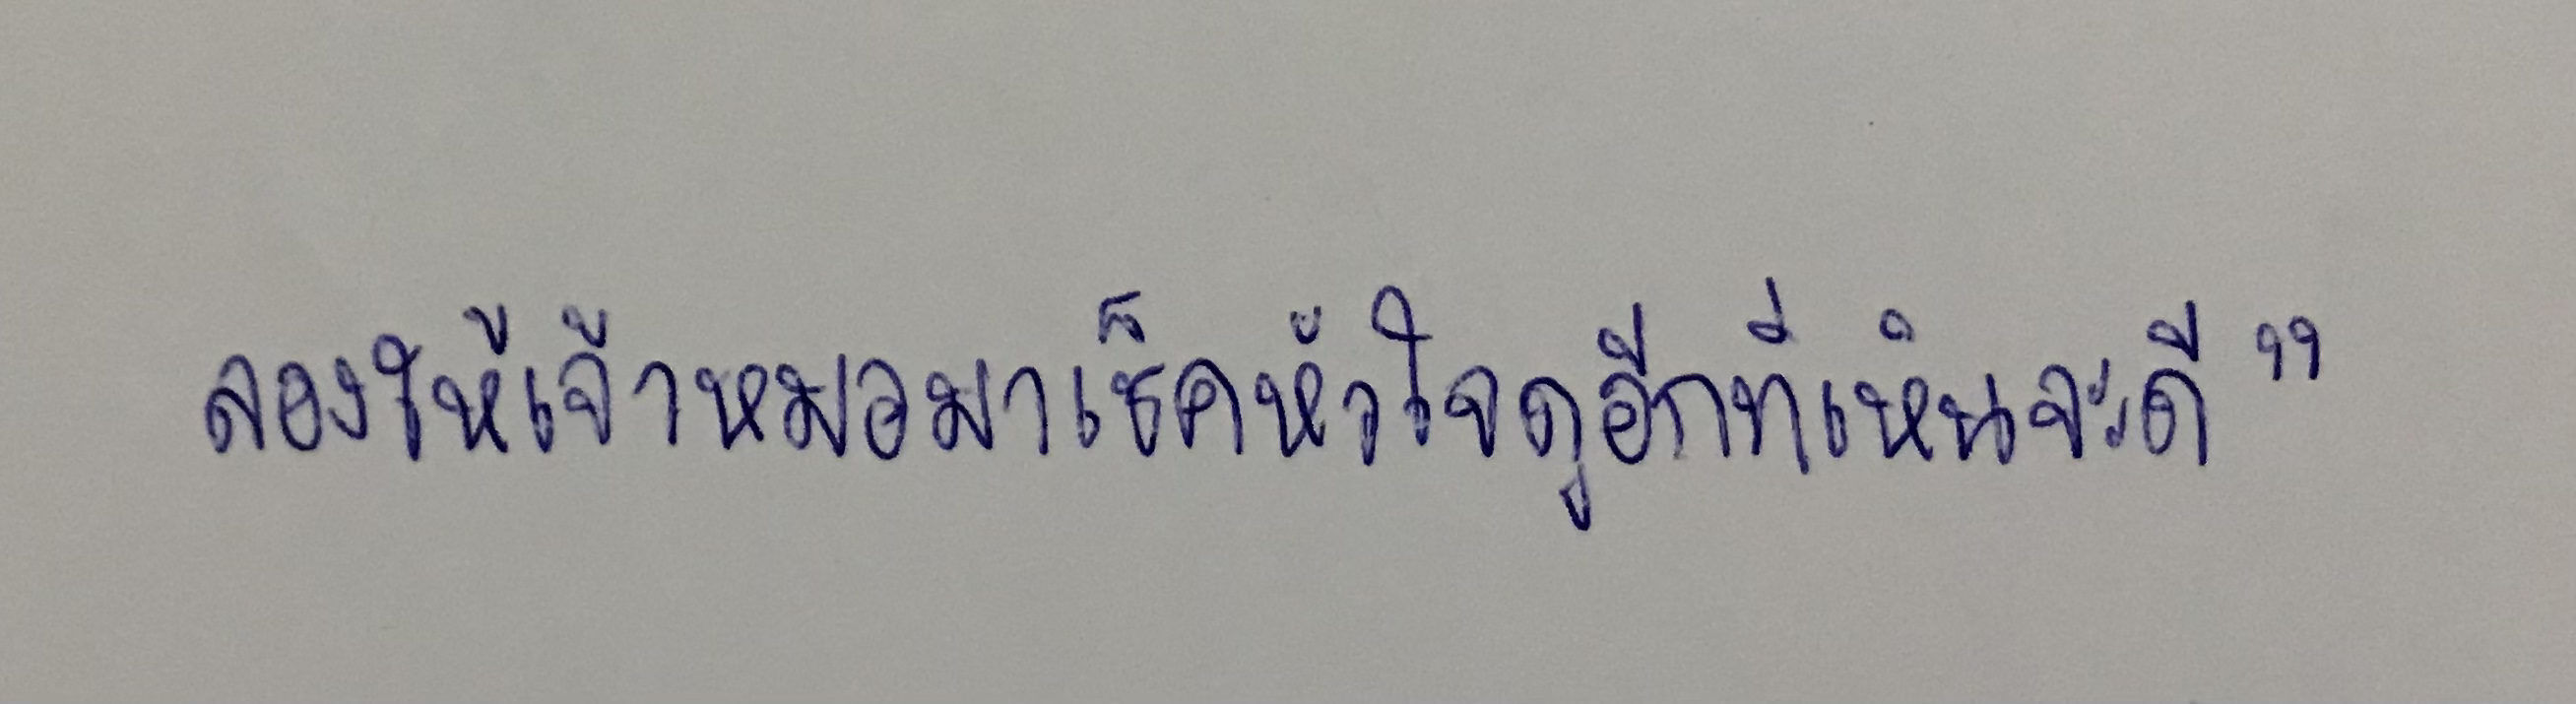
ลองให้เจ้าหมอมาเช็คหัวใจดูอีกทีเห็นจะดี"